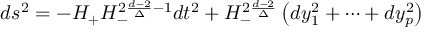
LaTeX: d s ^ { 2 } = - H _ { + } H _ { - } ^ { 2 { \frac { d - 2 } { \Delta } } - 1 } d t ^ { 2 } + H _ { - } ^ { 2 { \frac { d - 2 } { \Delta } } } \left( d y _ { 1 } ^ { 2 } + \dots + d y _ { p } ^ { 2 } \right) \qquad \qquad \qquad \qquad